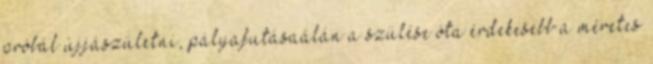
próbál újjászületni, pályafutásaálán a szülése óta érdekesebb a méretes